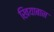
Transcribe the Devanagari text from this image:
खियाबान